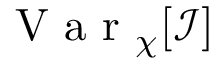
\mathrm { ~ V ~ a ~ r ~ } _ { \chi } [ \mathcal { I } ]